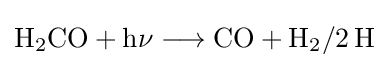
{\mathrm {H} {\vphantom {A}}_{\smash[{t}]{2}}\mathrm {CO} {}+{}\mathrm {h\nu } {}\mathrel {\longrightarrow } {}\mathrm {CO} {}+{}\mathrm {H} {\vphantom {A}}_{\smash[{t}]{2}}/2\,\mathrm {H} }